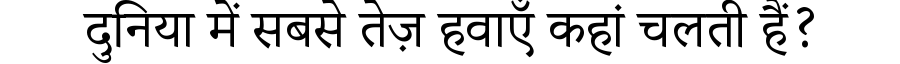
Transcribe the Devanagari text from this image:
दुनिया में सबसे तेज़ हवाएँ कहां चलती हैं?